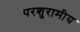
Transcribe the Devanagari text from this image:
परशुरामीय